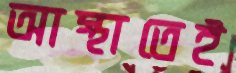
আস্থাতেই